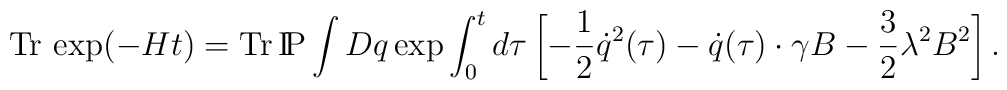
{\rm Tr}\,\exp(-Ht)={\rm Tr}\,{\rm I\!P} \int Dq \exp\int_0^t d\tau\left[ -\frac12 \dot q^2(\tau) -\dot q(\tau)\cdot\gamma B-\frac32\lambda^2 B^2 \right].